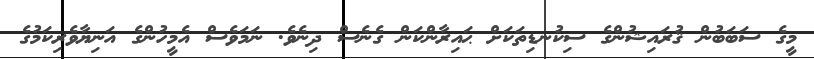
މީގެ ސަބަބުން ޤުރައިޝުންގެ ސިކުނޑިތަކަށް ޙައިރާންކަން ގެނެސް ދިނެވެ. ނަމަވެސް އެމީހުންގެ އަނިޔާވެރިކަމުގެ